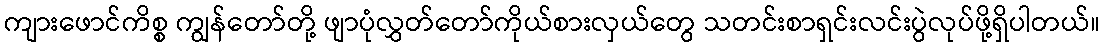
ကျားဖောင်ကိစ္စ ကျွန်တော်တို့ ဖျာပုံလွှတ်တော်ကိုယ်စားလှယ်တွေ သတင်းစာရှင်းလင်းပွဲလုပ်ဖို့ရှိပါတယ်။